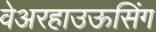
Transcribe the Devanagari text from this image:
वेअरहाउऊसिंग